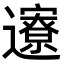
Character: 𬩪